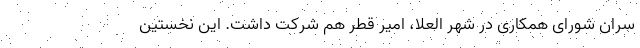
سران شورای همکاری در شهر العلا، امیر قطر هم شرکت داشت. این نخستین